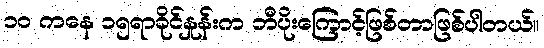
၁၀ ကနေ ၁၅ရာခိုင်နှုန်းက ဘီပိုးကြောင့်ဖြစ်တာဖြစ်ပါတယ်။